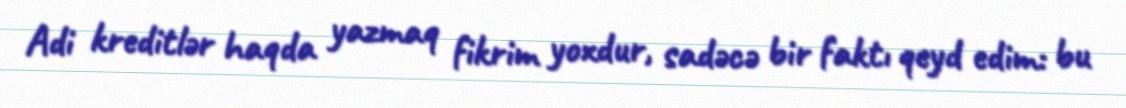
Adi kreditlər haqda yazmaq fikrim yoxdur, sadəcə bir faktı qeyd edim: bu